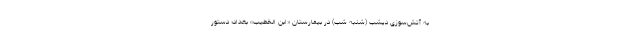
به آتش‌سوزی دیشب (شنبه شب) در بیمارستان «ابن الخطیب» بغداد؛ دستور